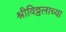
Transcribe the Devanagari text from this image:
श्रीविठ्ठलाच्या